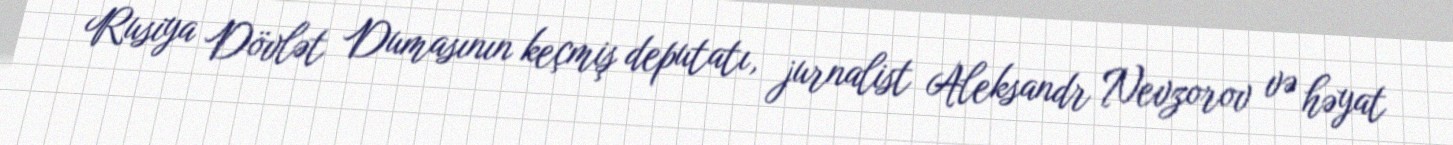
Rusiya Dövlət Dumasının keçmiş deputatı, jurnalist Aleksandr Nevzorov və həyat